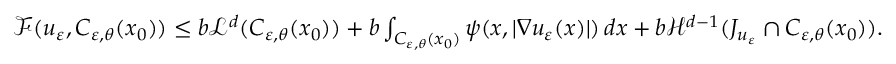
\begin{array} { r } { \mathcal { F } ( u _ { \varepsilon } , C _ { \varepsilon , \theta } ( x _ { 0 } ) ) \leq b \mathcal { L } ^ { d } ( C _ { \varepsilon , \theta } ( x _ { 0 } ) ) + b \int _ { C _ { \varepsilon , \theta } ( x _ { 0 } ) } \psi ( x , | \nabla u _ { \varepsilon } ( x ) | ) \, d x + b \mathcal { H } ^ { d - 1 } ( J _ { u _ { \varepsilon } } \cap C _ { \varepsilon , \theta } ( x _ { 0 } ) ) . } \end{array}